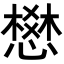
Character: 𢡟